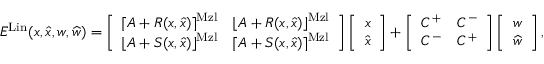
\begin{array} { r } { E ^ { \mathrm { L i n } } ( x , \widehat { x } , w , \widehat { w } ) = \left[ \begin{array} { l l } { \lceil A + R ( x , \widehat { x } ) \rceil ^ { \mathrm { M z l } } } & { \lfloor A + R ( x , \widehat { x } ) \rfloor ^ { \mathrm { M z l } } } \\ { \lfloor A + S ( x , \widehat { x } ) \rfloor ^ { \mathrm { M z l } } } & { \lceil A + S ( x , \widehat { x } ) \rceil ^ { \mathrm { M z l } } } \end{array} \right] \left[ \begin{array} { l } { x } \\ { \widehat { x } } \end{array} \right] + \left[ \begin{array} { l l } { C ^ { + } } & { C ^ { - } } \\ { C ^ { - } } & { C ^ { + } } \end{array} \right] \left[ \begin{array} { l } { w } \\ { \widehat { w } } \end{array} \right] , } \end{array}